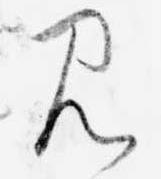
み